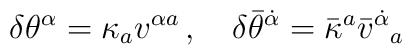
\delta\theta^\alpha =\kappa_a v^{\alpha{}a} \, ,  \quad\delta\bar\theta^{\dot\alpha} =\bar\kappa^a \bar v^{\dot\alpha}{}_a